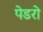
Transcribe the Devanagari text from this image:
पेडरो